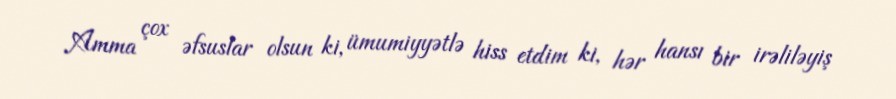
Amma çox əfsuslar olsun ki, ümumiyyətlə hiss etdim ki, hər hansı bir irəliləyiş